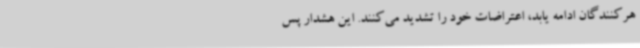
هرکنندگان ادامه یابد، اعتراضات خود را تشدید می‌کنند. این هشدار پس